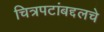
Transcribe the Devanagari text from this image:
चित्रपटांबद्दलचे